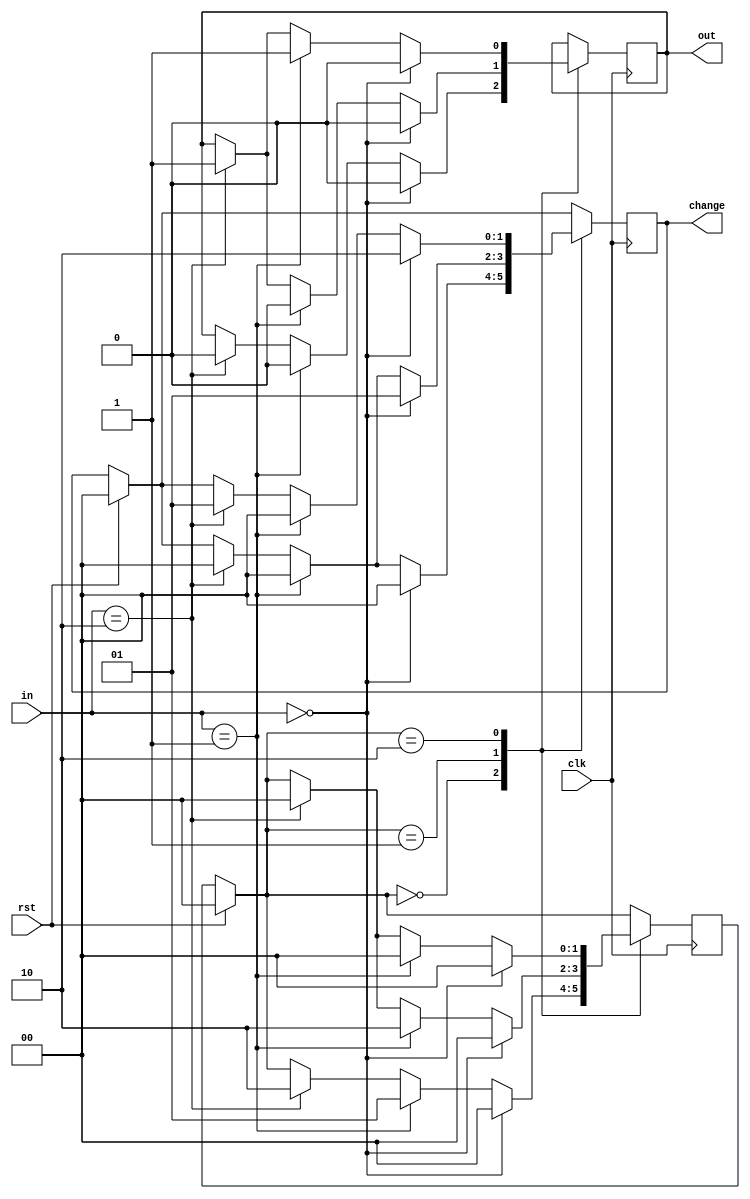
`timescale 1ns / 1ps
//////////////////////////////////////////////////////////////////////////////////
// Company: 
// Engineer: 
// 
// Design Name: 
// Module Name: vending_machine
// Project Name: 
// Target Devices: 
// Tool Versions: 
// Description: 
// 
// Dependencies: 
// 
// Revision:
// Revision 0.01 - File Created
// Additional Comments:
// 
//////////////////////////////////////////////////////////////////////////////////


module vending_machine(clk,rst,in,out,change);

input clk;
input rst;
input [1:0] in;  //01 = 5rs,  10 = 10 rs
output reg out;
output reg [1:0] change;

parameter s0 = 2'b00;
parameter s1 = 2'b01;
parameter s2 = 2'b10;

reg [1:0] c_state, n_state;

always @(posedge clk) 
    begin
        if (rst==1)
            begin
            c_state=0;
            n_state=0;
            change= 2'b00;
            end
        else
        c_state=n_state;
        
        case(c_state)
          
            s0: //state 0 : 0rs
              if (in == 0)
                begin 
                    n_state=s0;
                    out = 0;
                    change = 2'b00;
                end      
              else if (in == 2'b01)  
                begin
                   n_state=s1;
                    out = 0;
                    change = 2'b00; 
                end
              else if (in == 2'b10)  
                begin
                   n_state=s2;
                    out = 0;
                    change = 2'b00; 
                end 
           
             s1:    //state 1 : 5rs
                 if (in == 0)  
                    begin
                       n_state=s0;
                        out = 0;
                        change = 2'b01;     //change returned 5rs
                    end  
                 else if (in == 2'b01)  
                    begin
                       n_state=s2;
                        out = 0;
                        change = 2'b00; 
                    end   
                 else if (in == 2'b10)  
                    begin
                       n_state=s0;
                        out = 1;
                        change = 2'b00; 
                    end 
              
              s2:    //state 2 : 10rs   
                if (in == 0)  
                    begin
                       n_state=s0;
                        out = 0;
                        change = 2'b10; 
                    end
                else if (in == 2'b01)  
                    begin
                       n_state=s0;
                        out = 1;
                        change = 2'b00; 
                    end 
                else if (in == 2'b10)  
                begin
                   n_state=s0;
                    out = 1;
                    change = 2'b01;     // change returned 5rs and 1 bottle
                end   
           endcase
                 
    end

endmodule